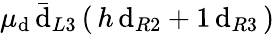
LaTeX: \mu_{\mathrm{d}}\, \bar{{\mathrm{d}}}_{L3}\, (\, h\, \mathrm{d}_{R2}+1\, \mathrm{d}_{R3}\, )